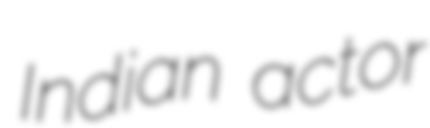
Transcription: Indian actor